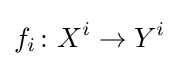
f_{i}\colon X^{i}\to Y^{i}